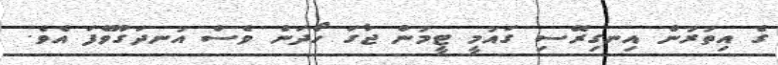
ގެ އިތުރުން އިނގިރޭސި ގައުމީ ޓީމުން ޖާގަ ހޯދަން ވެސް އުނދަގޫވެފަ އެވެ.